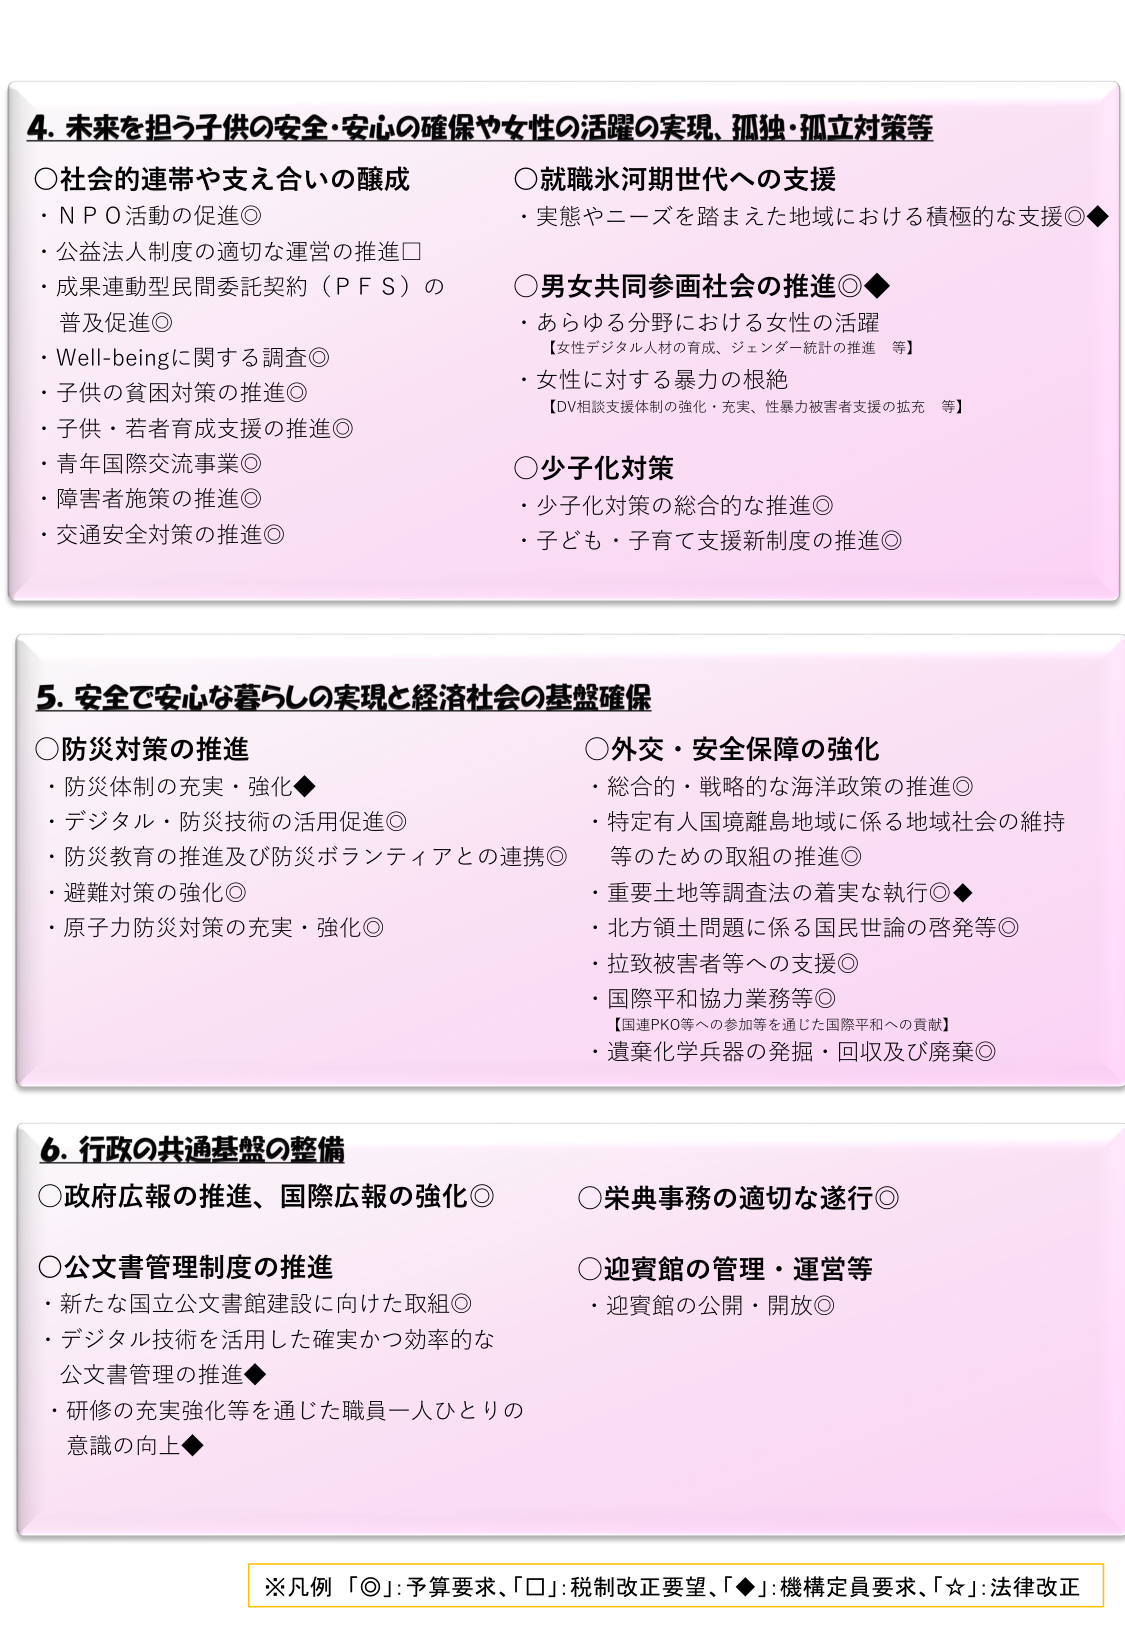
4. 未来を担う子供の安全・安心の確保や女性の活躍の実現、孤独・孤立対策等
○社会的連帯や支え合いの醸成
・ＮＰＯ活動の促進◎
・公益法人制度の適切な運営の推進□
・成果連動型民間委託契約（ＰＦＳ）の普及促進◎
・Well-beingに関する調査◎
・子供の貧困対策の推進◎
・子供・若者育成支援の推進◎
・青年国際交流事業◎
・障害者施策の推進◎
・交通安全対策の推進◎

○就職氷河期世代への支援
・実態やニーズを踏まえた地域における積極的な支援◎◆

○男女共同参画社会の推進◎◆
・あらゆる分野における女性の活躍
【女性デジタル人材の育成、ジェンダー統計の推進 等】
・女性に対する暴力の根絶
【DV相談支援体制の強化・充実、性暴力被害者支援の拡充 等】

○少子化対策
・少子化対策の総合的な推進◎
・子ども・子育て支援新制度の推進◎

5. 安全で安心な暮らしの実現と経済社会の基盤確保
○防災対策の推進
・防災体制の充実・強化◆
・デジタル・防災技術の活用促進◎
・防災教育の推進及び防災ボランティアとの連携◎
・避難対策の強化◎
・原子力防災対策の充実・強化◎

○外交・安全保障の強化
・総合的・戦略的な海洋政策の推進◎
・特定有人国境離島地域に係る地域社会の維持等のための取組の推進◎
・重要土地等調査法の着実な執行◎◆
・北方領土問題に係る国民世論の啓発等◎
・拉致被害者等への支援◎
・国際平和協力業務等◎
【国連PKO等への参加等を通じた国際平和への貢献】
・遺棄化学兵器の発掘・回収及び廃棄◎

6. 行政の共通基盤の整備
○政府広報の推進、国際広報の強化◎
○公文書管理制度の推進
・新たな国立公文書館建設に向けた取組◎
・デジタル技術を活用した確実かつ効率的な公文書管理の推進◆
・研修の充実強化等を通じた職員一人ひとりの意識の向上◆

○栄典事務の適切な遂行◎
○迎賓館の管理・運営等
・迎賓館の公開・開放◎

※凡例 「◎」: 予算要求、「□」: 税制改正要望、「◆」: 機構定員要求、「☆」: 法律改正